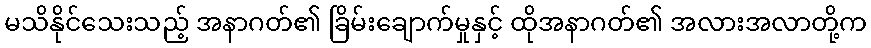
မသိနိုင်သေးသည့် အနာဂတ်၏ ခြိမ်းချောက်မှုနှင့် ထိုအနာဂတ်၏ အလားအလာတို့က